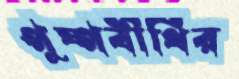
পুষ্পবীথির